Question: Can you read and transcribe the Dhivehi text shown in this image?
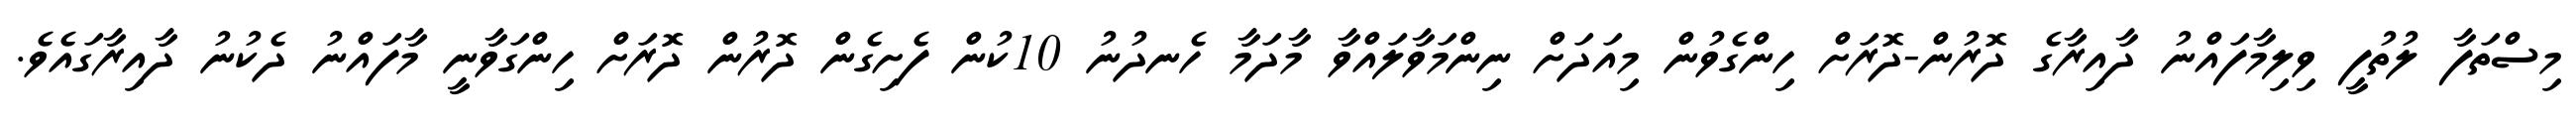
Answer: މިސްތަފާ ލުތުފީ ވިލިމާފައްނު ދާއިރާގެ ދޮރުން-ދޮރަށް ހިންގެވުން މިއަދަށް ނިންމަވާލައްވާ މާދަމާ ހެނދުނު 10ކުން ފެށިގެން ދޮރުން ދޮރަށް ހިންގަވާނީ މާފައްނު ދެކުނު ދާއިރާގައެވެ.